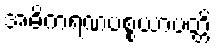
အဓိကရဏပစ္စယာပတ္တိ